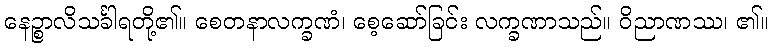
နေဉ္စာလိသင်္ခါရတို့၏။ စေတနာလက္ခဏံ၊ စေ့ဆော်ခြင်း လက္ခဏာသည်။ ဝိညာဏဿ၊ ၏။